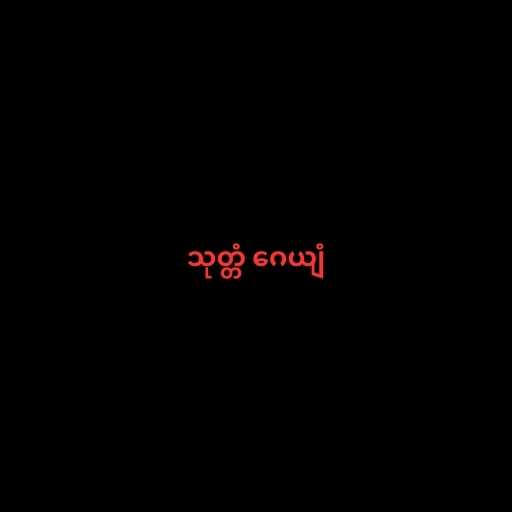
သုတ္တံ ဂေယျံ